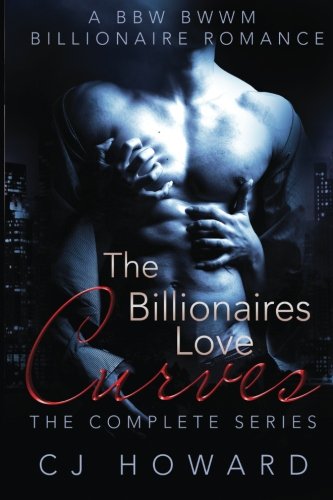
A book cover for The Billionaires Love Curves - The Complete Series; CJ Howard; Romance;